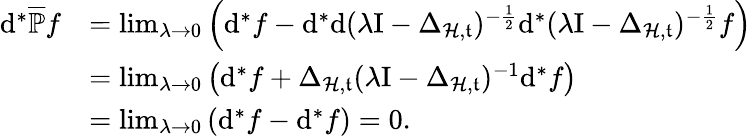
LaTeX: \begin{array}{rl}{\mathrm{d}^{\ast}\overline{{\mathbb{P}}}f}&{=\operatorname*{lim}_{\lambda\rightarrow 0}\left(\mathrm{d}^{\ast}f-\mathrm{d}^{\ast}\mathrm{d}(\lambda\mathrm{I}-\Delta_{\mathcal{H},\mathfrak{t}})^{-\frac{1}{2}}\mathrm{d}^{\ast}(\lambda\mathrm{I}-\Delta_{\mathcal{H},\mathfrak{t}})^{-\frac{1}{2}}f\right)}\\ &{=\operatorname*{lim}_{\lambda\rightarrow 0}\left(\mathrm{d}^{\ast}f+\Delta_{\mathcal{H},\mathfrak{t}}(\lambda\mathrm{I}-\Delta_{\mathcal{H},\mathfrak{t}})^{-1}\mathrm{d}^{\ast}f\right)}\\ &{=\operatorname*{lim}_{\lambda\rightarrow 0}\left(\mathrm{d}^{\ast}f-\mathrm{d}^{\ast}f\right)=0.}\end{array}